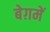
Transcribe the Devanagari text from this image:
बेग़में